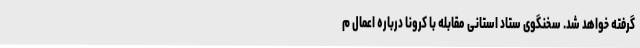
گرفته خواهد شد. سخنگوی ستاد استانی مقابله با کرونا درباره اعمال م